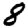
Digit: 8